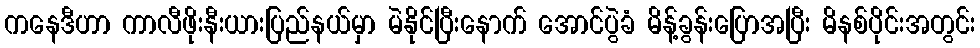
ကနေဒီဟာ ကာလီဖိုးနီးယားပြည်နယ်မှာ မဲနိုင်ပြီးနောက် အောင်ပွဲခံ မိန့်ခွန်းပြောအပြီး မိနစ်ပိုင်းအတွင်း